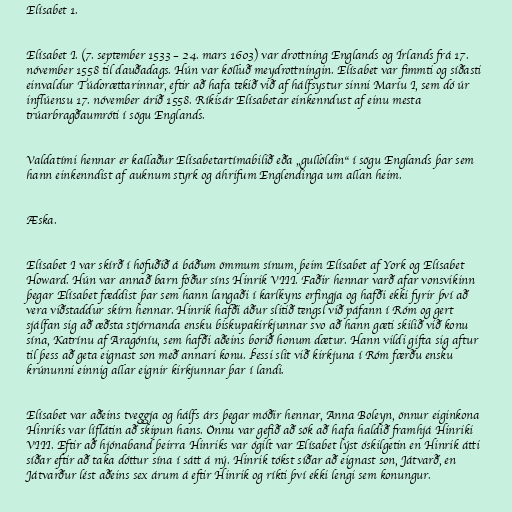
Elísabet 1.

Elísabet I. (7. september 1533 – 24. mars 1603) var drottning Englands og Írlands frá 17.
nóvember 1558 til dauðadags. Hún var kölluð meydrottningin. Elísabet var fimmti og síðasti
einvaldur Túdorættarinnar, eftir að hafa tekið við af hálfsystur sinni Maríu I, sem dó úr
inflúensu 17. nóvember árið 1558. Ríkisár Elísabetar einkenndust af einu mesta
trúarbragðaumróti í sögu Englands.

Valdatími hennar er kallaður Elísabetartímabilið eða „gullöldin“ í sögu Englands þar sem
hann einkenndist af auknum styrk og áhrifum Englendinga um allan heim.

Æska.

Elísabet I var skírð í höfuðið á báðum ömmum sínum, þeim Elísabet af York og Elísabet
Howard. Hún var annað barn föður síns Hinrik VIII. Faðir hennar varð afar vonsvikinn
þegar Elísabet fæddist þar sem hann langaði í karlkyns erfingja og hafði ekki fyrir því að
vera viðstaddur skírn hennar. Hinrik hafði áður slitið tengsl við páfann í Róm og gert
sjálfan sig að æðsta stjórnanda ensku biskupakirkjunnar svo að hann gæti skilið við konu
sína, Katrínu af Aragóníu, sem hafði aðeins borið honum dætur. Hann vildi gifta sig aftur
til þess að geta eignast son með annari konu. Þessi slit við kirkjuna í Róm færðu ensku
krúnunni einnig allar eignir kirkjunnar þar í landi.

Elísabet var aðeins tveggja og hálfs árs þegar móðir hennar, Anna Boleyn, önnur eiginkona
Hinriks var líflátin að skipun hans. Önnu var gefið að sök að hafa haldið framhjá Hinriki
VIII. Eftir að hjónaband þeirra Hinriks var ógilt var Elísabet lýst óskilgetin en Hinrik átti
síðar eftir að taka dóttur sína í sátt á ný. Hinrik tókst síðar að eignast son, Játvarð, en
Játvarður lést aðeins sex árum á eftir Hinrik og ríkti því ekki lengi sem konungur.